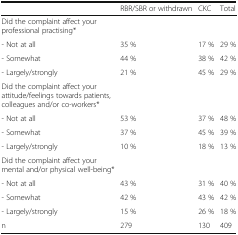
<table><thead><tr><td></td><td><b>RBR/SBR or withdrawn</b></td><td><b>CKC</b></td><td><b>Total</b></td></tr></thead><tbody><tr><td>Did the complaint affect your professional practising*</td><td></td><td></td><td></td></tr><tr><td>- Not at all</td><td>35 %</td><td>17 %</td><td>29 %</td></tr><tr><td>- Somewhat</td><td>44 %</td><td>38 %</td><td>42 %</td></tr><tr><td>- Largely/strongly</td><td>21 %</td><td>45 %</td><td>29 %</td></tr><tr><td>Did the complaint affect your attitude/feelings towards patients, colleagues and/or co-workers*</td><td></td><td></td><td></td></tr><tr><td>- Not at all</td><td>53 %</td><td>37 %</td><td>48 %</td></tr><tr><td>- Somewhat</td><td>37 %</td><td>45 %</td><td>39 %</td></tr><tr><td>- Largely/strongly</td><td>10 %</td><td>18 %</td><td>13 %</td></tr><tr><td>Did the complaint affect your mental and/or physical well-being*</td><td></td><td></td><td></td></tr><tr><td>- Not at all</td><td>43 %</td><td>31 %</td><td>40 %</td></tr><tr><td>- Somewhat</td><td>42 %</td><td>43 %</td><td>42 %</td></tr><tr><td>- Largely/strongly</td><td>15 %</td><td>26 %</td><td>18 %</td></tr><tr><td>n</td><td>279</td><td>130</td><td>409</td></tr></tbody></table>